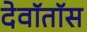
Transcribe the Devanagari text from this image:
देवॉतॉस